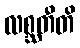
လစ္ဆတီတိ